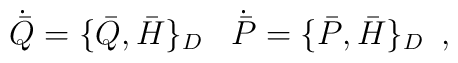
\dot {\bar Q} =\{ \bar Q, \bar H\} _D\,\,\,\,\, \dot {\bar P}=\{ \bar P, \bar H \} _D\,\,\, ,